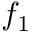
f _ { 1 }